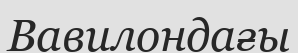
Вавилондағы